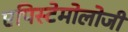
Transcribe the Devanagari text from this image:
एपिस्टेमोलोजी